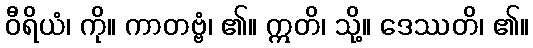
ဝီရိယံ၊ ကို။ ကာတဗ္ဗံ၊ ၏။ ဣတိ၊ သို့။ ဒေဿတိ၊ ၏။